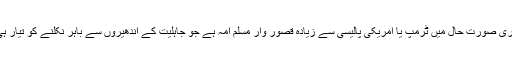
اس ساری صورتِ حال میں ٹرمپ یا امریکی پالیسی سے زیادہ قصور وار مسلم امہ ہے جو جاہلیت کے اندھیروں سے باہر نکلنے کو تیار ہی نہیں۔